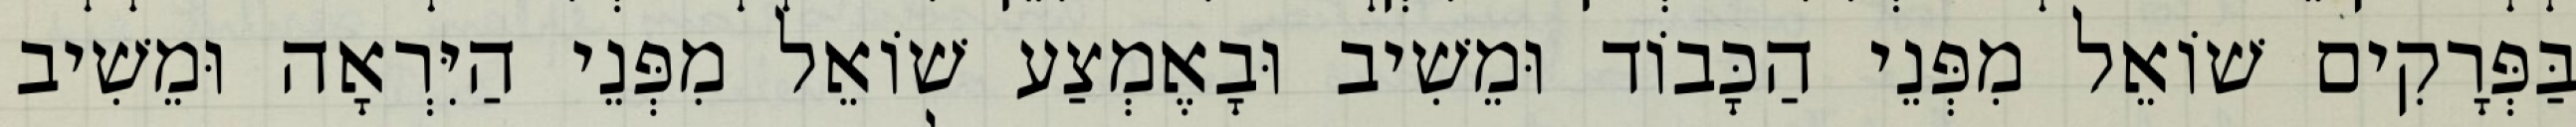
בַּפְּרָקִים שׁוֹאֵל מִפְּנֵי הַכָּבוֹד וּמֵשִׁיב וּבָאֶמְצַע שׁוֹאֵל מִפְּנֵי הַיִּרְאָה וּמֵשִׁיב